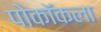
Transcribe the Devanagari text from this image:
पोकॉकला